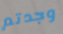
وجدتم